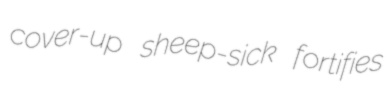
cover-up sheep-sick fortifies